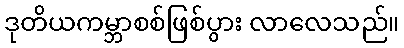
ဒုတိယကမ္ဘာစစ်ဖြစ်ပွား လာလေသည်။